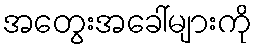
အတွေးအခေါ်များကို